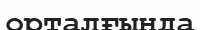
орталғында